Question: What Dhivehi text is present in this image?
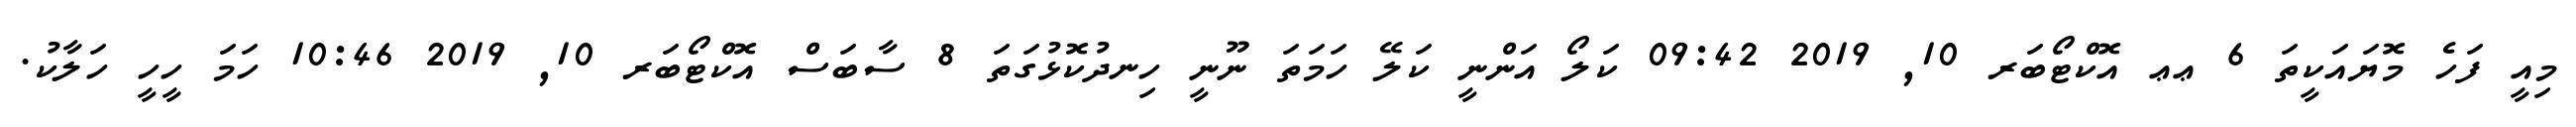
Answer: މިއީ ފަހެ މޮޔައަކީތަ 6 ޢޢ އޮކްޓޯބަރ 10, 2019 09:42 ކަލޯ އަންނީ ކަލޭ ހަމަތަ ނޫނީ ހިނދުކޮޅުގަތަ 8 ސާބަސް އޮކްޓޯބަރ 10, 2019 10:46 ހަމަ ހީހީ ހަލާކު.